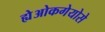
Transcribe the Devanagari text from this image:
ह्येओकगेयोसे